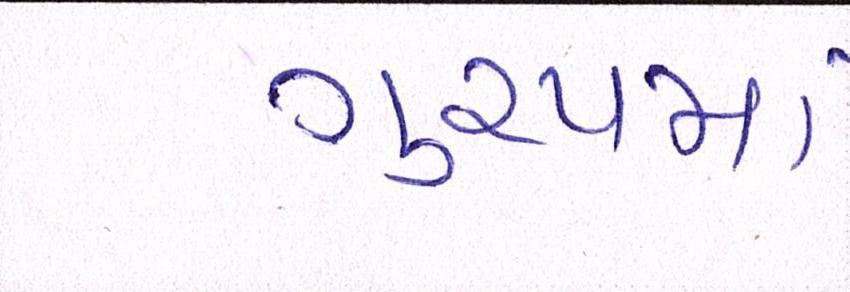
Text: ગુ્રપમાં